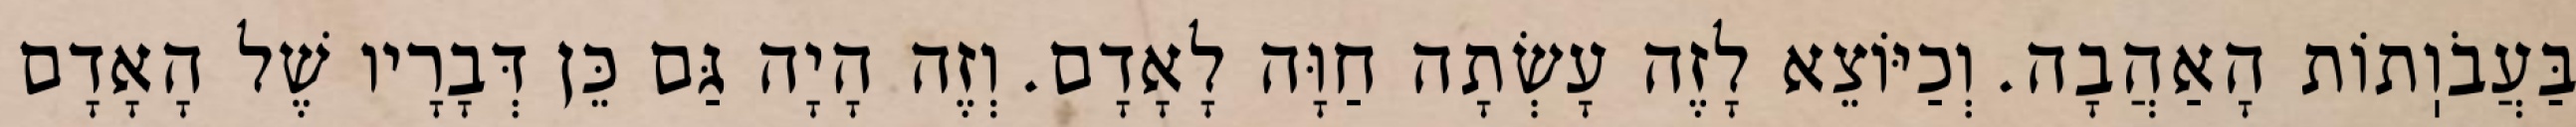
בַּעֲבֹוֽתוֹת הָאַהֲבָה. וְכַיּוֹצֵא לָזֶה עָשְׂתָה חַוָּה לָאָדָם. וְזֶה הָיָה גַּם כֵּן דְּבָרָיו שֶׁל הָאָדָם